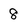
Character: 8